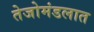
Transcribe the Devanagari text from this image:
तेजोमंडलात